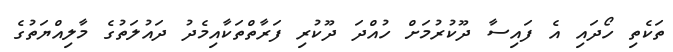
ތަކެތި ހޯދައި އެ ފައިސާ ދޫކުރުމަށް ހުއްދަ ދޫކުރި ފަރާތްތަކާއިމެދު ދައުލަތުގެ މާލިއްޔަތުގެ